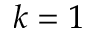
k = 1